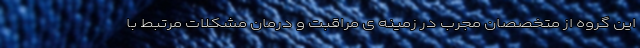
این گروه از متخصصان مجرب در زمینه ی مراقبت و درمان مشکلات مرتبط با